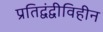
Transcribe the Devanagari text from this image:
प्रतिद्वंद्वीविहीन